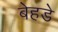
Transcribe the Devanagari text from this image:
बेहडे